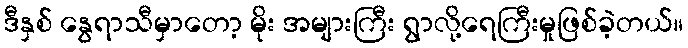
ဒီနှစ် နွေရာသီမှာတော့ မိုး အများကြီး ရွာလို့ရေကြီးမှုဖြစ်ခဲ့တယ်။